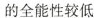
的全能性较低